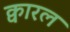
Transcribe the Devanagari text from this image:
क्वारल